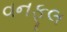
વનફૂલ